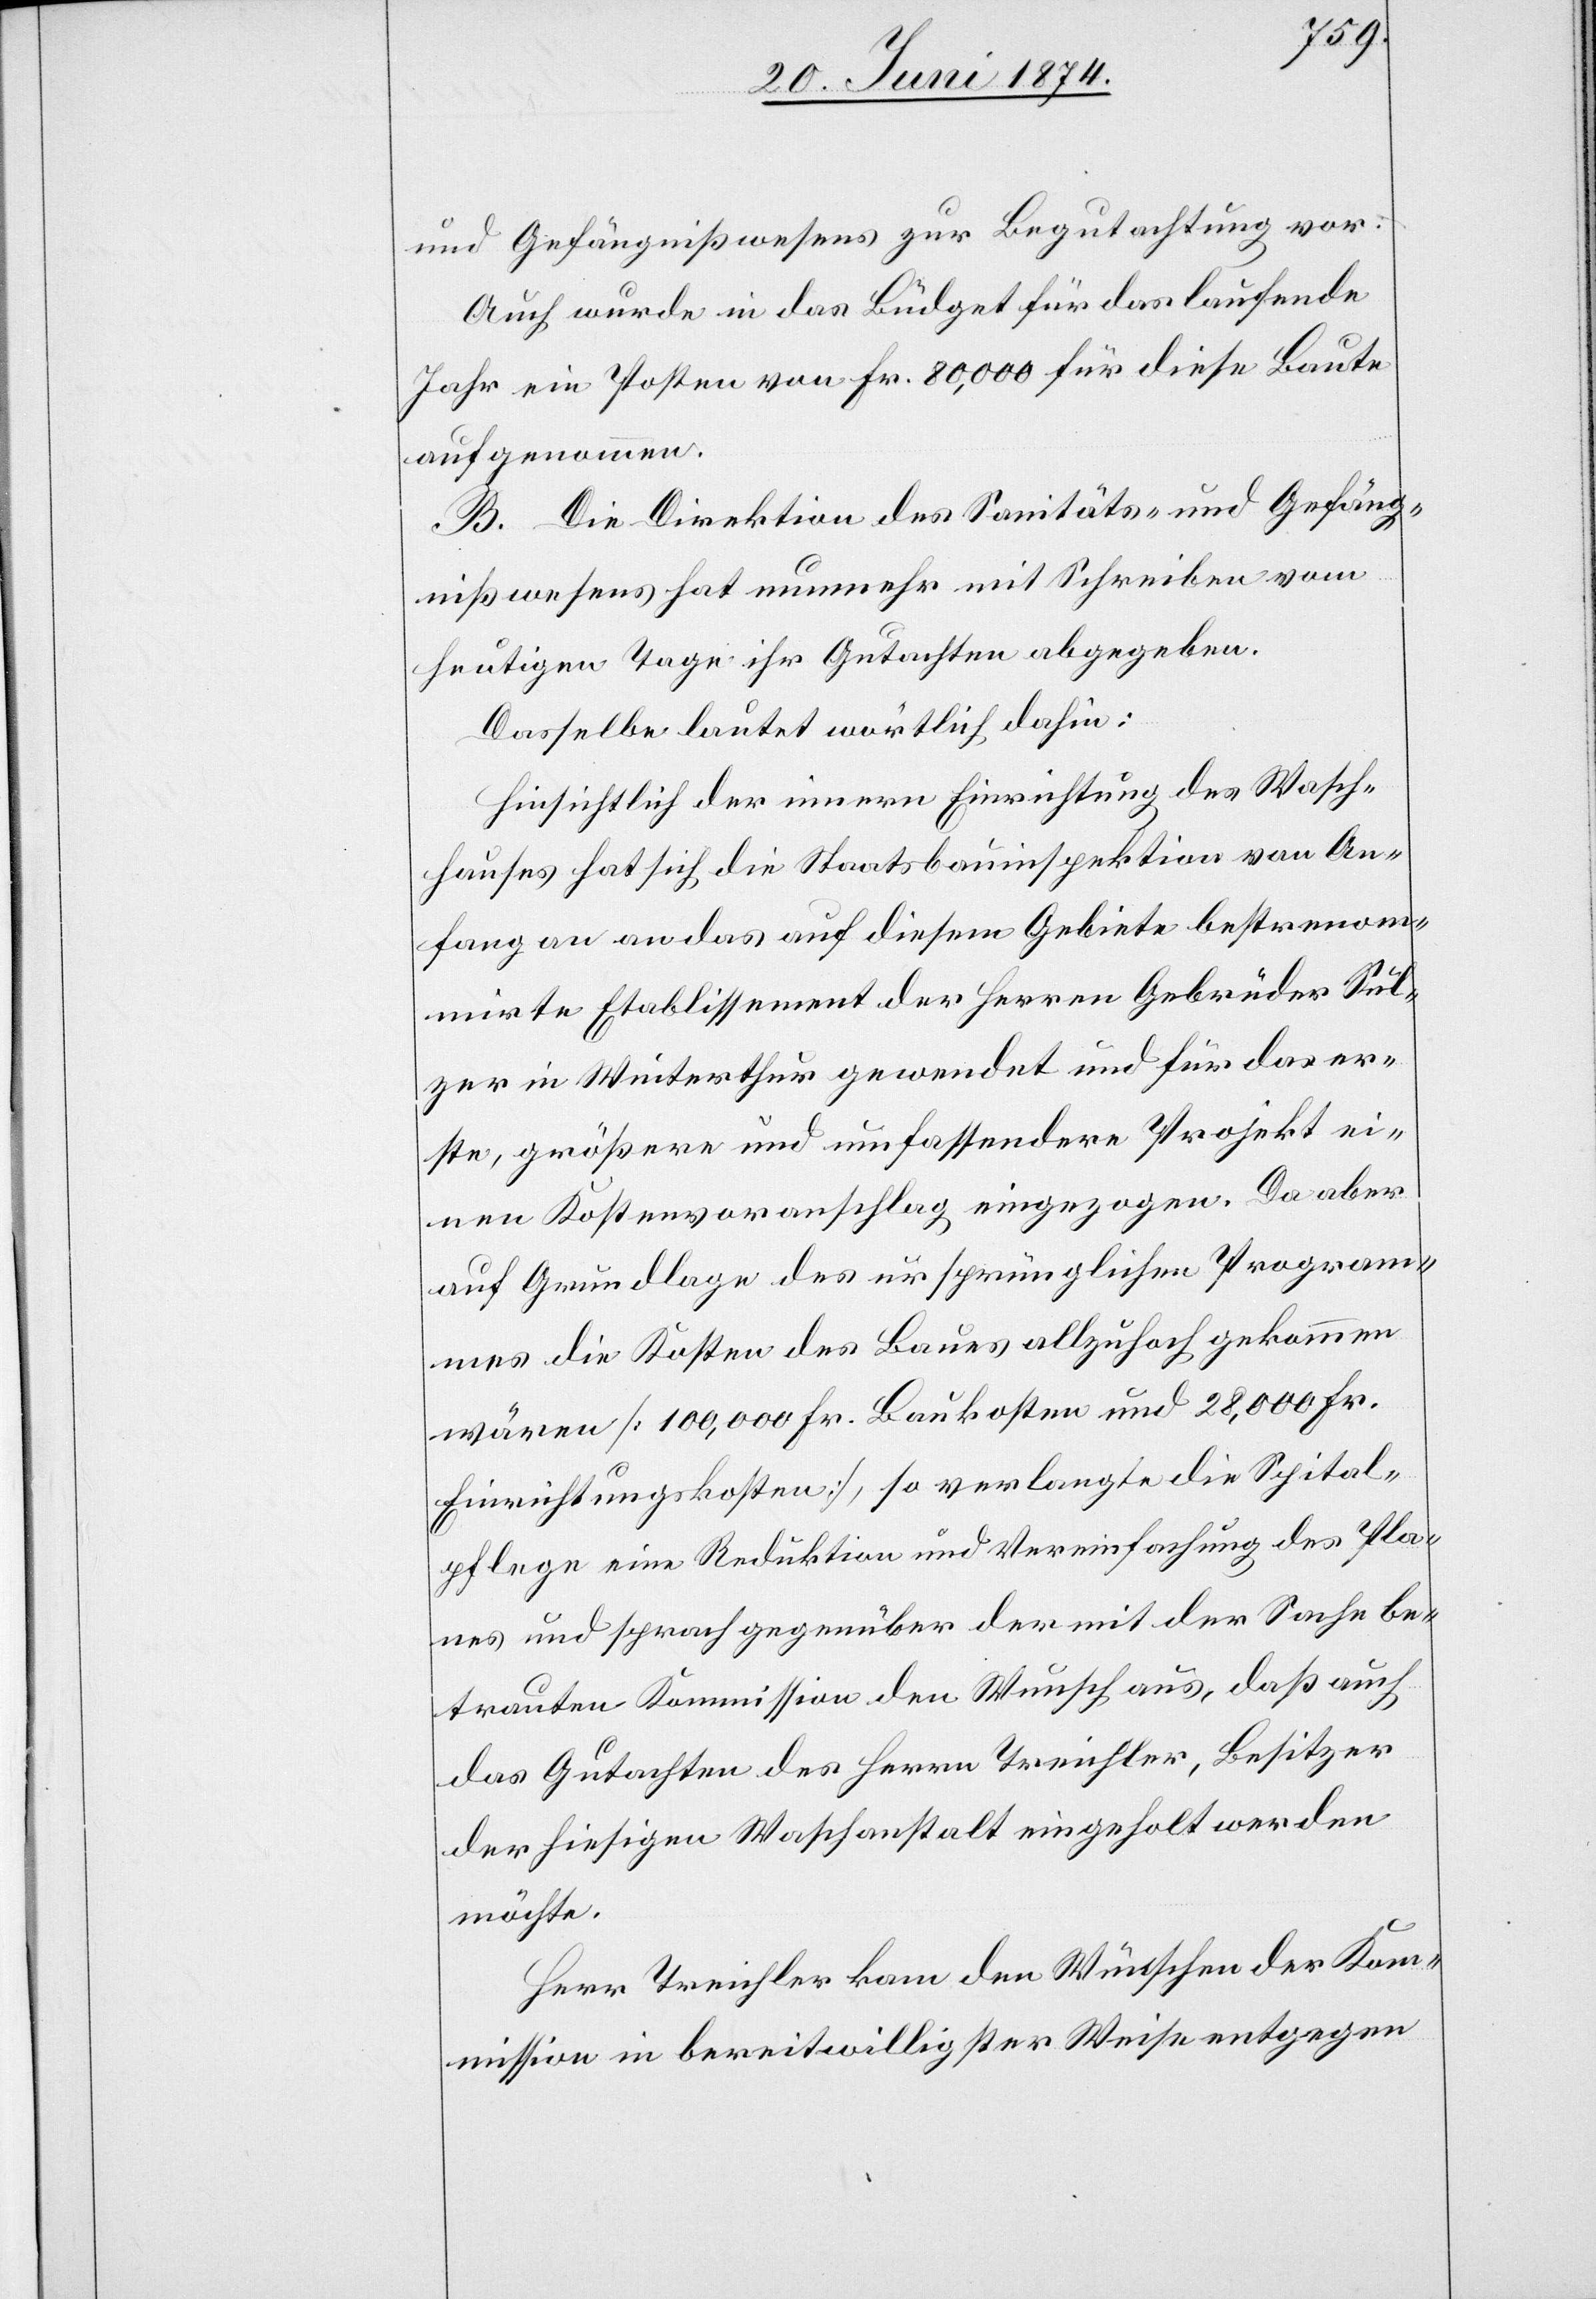
und Gefängnißwesens zur Begutachtung vor.
Auch wurde in das Büdget für das laufende
Jahr ein Posten von Fr. 80,000 für diese Baute
aufgenommen.
B. Die Direktion des Sanitäts- und Gefäng¬
nißwesens hat nunmehr mit Schreiben vom
heutigen Tage ihr Gutachten abgegeben.
Dasselbe lautet wörtlich dahin:
Hinsichtlich der innern Einrichtung des Wasch¬
hauses hat sich die Staatsbauinspektion von An¬
fang an das auf diesem Gebiete bestrenom¬
mirte Etablissement der Herren Gebrüder Sul¬
zer in Winterthur gewendet und für das er¬
ste, größere und umfassendere Projekt ei¬
nen Kostenvoranschlag eingezogen. Da aber
auf Grundlage des ursprünglichen Program¬
mes die Kosten des Baues allzuhoch gekommen
wären [100,000 Fr. Baukosten und 28,000 Fr.
Einrichtungskosten], so verlangte die Spital¬
pflege eine Reduktion und Vereinfachung des Pla¬
nes und sprach gegenüber der mit der Sache be¬
trauten Kommission den Wunsch aus, daß auch
das Gutachten des Herrn Treichler, Besitzer
der hiesigen Waschanstalt eingeholt werden
möchte.
Herr Treichler kam den Wünschen der Kom¬
mission in bereitwilligster Weise entgegen